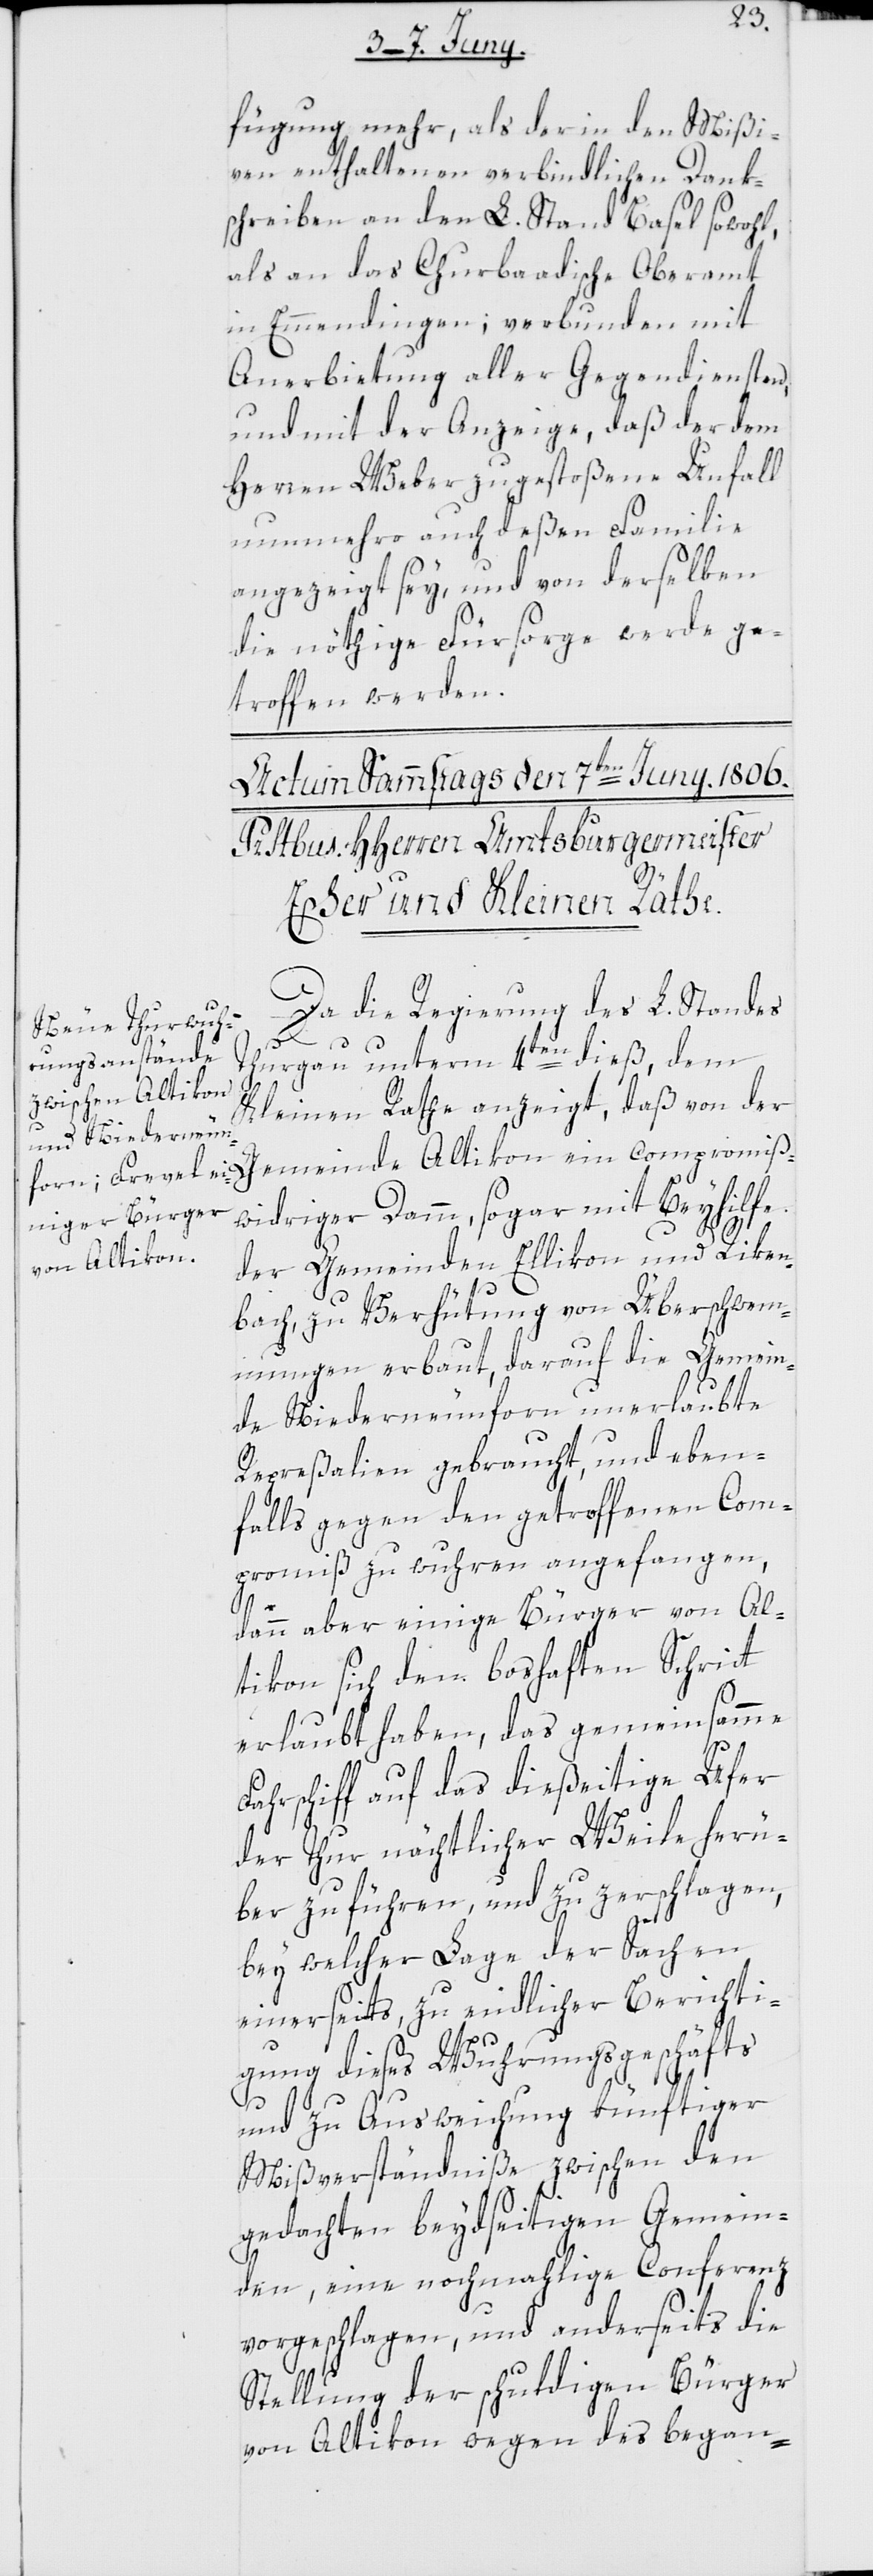
fügung mehr, als der in den Mißi¬
ven enthaltenen verbindlichen Dank¬
schreiben an den L. Stand Basel sowohl,
als an das Churbaadische Oberamt
in Emmendingen; verbunden mit
Anerbietung aller Gegendiensten,
und mit der Anzeige, daß der dem
Herren Weber zugestoßene Unfall
nunmehro auch deßen Familie
angezeigt sey, und von derselben
die nöthige Fürsorge werde ge¬
troffen werden.
Da die Regierung des L. Standes
Thurgau unterm 4ten dieß, dem
Kleinen Rathe anzeigt, daß von der
co¬
widriger Damm, sogar mit Beyhilfe
der Gemeinden Ellikon und Riken¬
bach, zu Verhütung von Überschwem¬
mungen erbaut, darauf die Gemein¬
de Niederneufron unerlaubte
Repreßalien gebraucht, und eben¬
falls gegen den getroffenen Com¬
promiß zu wuhren angefangen,
dann aber einige Bürger von Al¬
tikon sich dem boshaften Schritt
erlaubt haben, das gemeinsamme
miß¬
Fahrschiff auf das dießeitige Ufer
der Thur nächtlicher Weile herü¬
ber zu führen und zu zerschlagen,
bey welcher Lage der Sachen
einerseits zu eidlicher Berichti¬
gung dieses Wuhrungsgeschäfts
und zu Ausweichung künftiger
Mißverständniße zwischen den
gedachten beydseitigen Gemein¬
den, eine nochmahlige Conferenz
vorgeschlagen, und anderseits die
Stellung der schuldigen Bürger
von Altikon wegen des began-